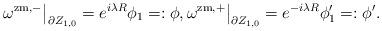
LaTeX: \begin{align*}\omega^{\mathrm{zm},-}\big|_{\partial Z_{1,0}} = e^{i\lambda R}\phi_1 =: \phi, \omega^{\mathrm{zm},+}\big|_{\partial Z_{1,0}} = e^{-i\lambda R}\phi'_1 = : \phi'.\end{align*}